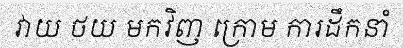
វាយ ថយ មកវិញ ក្រោម ការដឹកនាំ